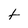
Character: t